Senior Leaving Certificate Examination (including Day School Certificate (Higher) General paper), 1949
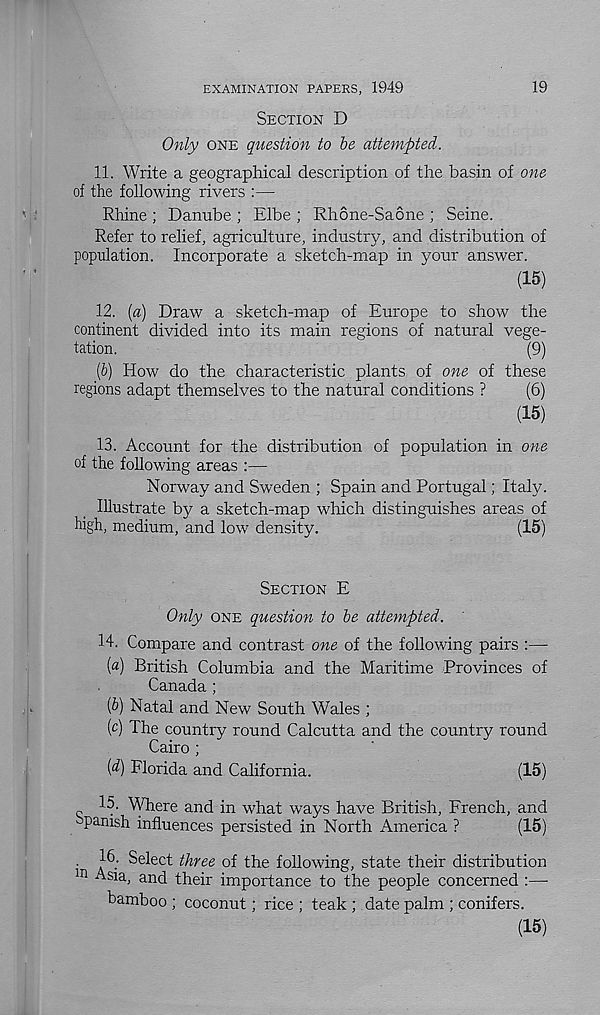
19
EXAMINATION PAPERS, 1949
SECTION D
Only ONE question to be attempted.
11. Write a geographical description of the basin of one
of the following rivers :—
Rhine ; Danube ; Elbe ; Rhone-Saone ; Seine.
Refer to relief, agriculture, industry, and distribution of
population. Incorporate a sketch-map in your answer.
(15)
12. (a) Draw a sketch-map of Europe to show the
continent divided into its main regions of natural vege-
tation.
(9)
(b)
How do the characteristic pla
regions adapt themselves to the natural conditions ?
(6)
(15)
13. Account for the distribution of population in one
of the following areas :—
Norway and Sweden ; Spain and Portugal; Italy.
Illustrate by a sketch-map which distinguishes areas of
high, medium, and low density.
(15)
SECTION E
Only ONE question to be attempted.
14. Compare and contrast one of the following pairs :—
{a) British Columbia and the Maritime Provinces of
Canada ;
{b) Natal and New South Wales ;
(c) The country round Calcutta and the country round
Cairo ;
[d) Florida and California.
(15)
15. Where and in what ways have British, French, and
panish influences persisted in North America ?
(15)
. 16. Select three of the following, state their distribution
ln ^S la , and their importance to the people concerned :—
bamboo ; coconut; rice ; teak ; date palm ; conifers.
(15)